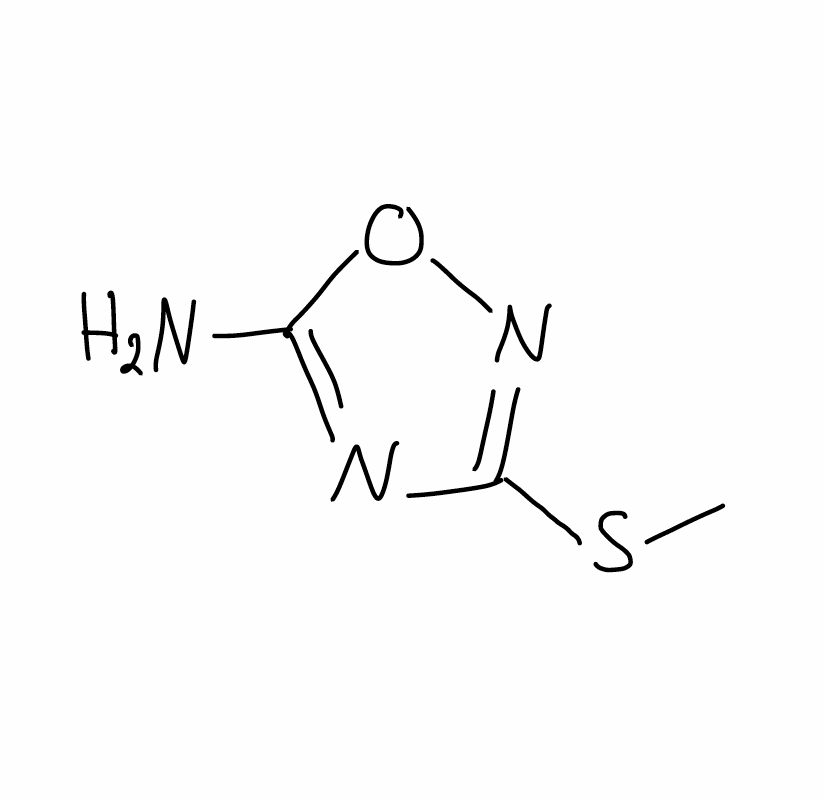
Simplified molecular-input line-entry system (SMILES) notation of the given molecule:
CSC1=NOC(=N1)N